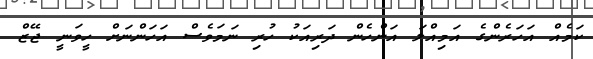
ކަމެއް އަހަރެންގެ އަމިއްލަ އަންހެން ދަރިއަކު ހުރި ނަމަވެސް އަހަންނަށް ހީވަނީ ޖޭޒް